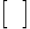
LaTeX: [~~]